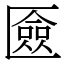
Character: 匳